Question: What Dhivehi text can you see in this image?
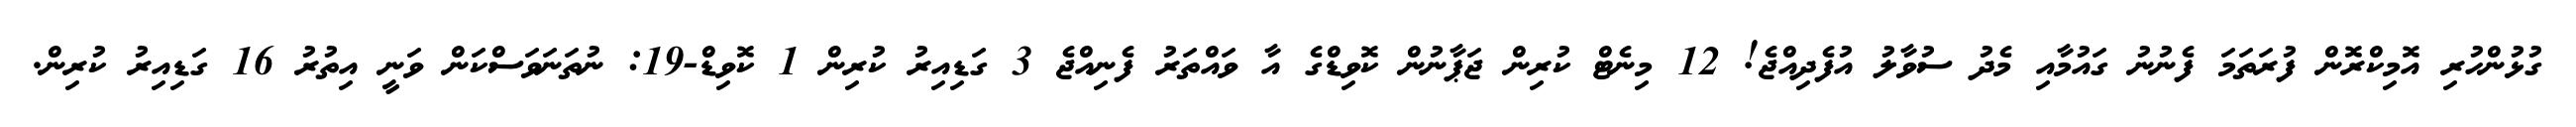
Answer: ގުޅުންހުރި އޮމިކްރޮން ފުރަތަމަ ފެނުނު ގައުމާއި މެދު ސުވާލު އުފެދިއްޖެ! 12 މިނެޓް ކުރިން ޖަޕާނުން ކޮވިޑްގެ އާ ވައްތަރު ފެނިއްޖެ 3 ގަޑިއިރު ކުރިން 1 ކޮވިޑް-19: ނުތަނަވަސްކަން ވަނީ އިތުރު 16 ގަޑިއިރު ކުރިން.